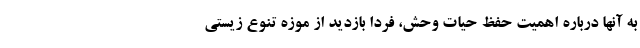
به آنها درباره اهمیت حفظ حیات وحش، فردا بازدید از موزه تنوع زیستی